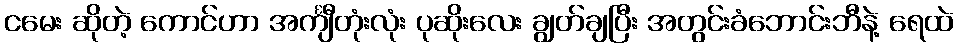
ငမေး ဆိုတဲ့ ကောင်ဟာ အင်္ကျီတုံးလုံး ပုဆိုးလေး ချွတ်ချပြီး အတွင်းခံဘောင်းဘီနဲ့ ရေထဲ